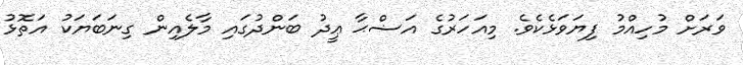
ވަރަށް މުހިއްމު ފިޔަވަޅެކެވެ. މިއަހަރުގެ އަޟްޙާ ޢީދު ބަންދުގައި މާލެއިން ގިނަބަޔަކު އަތޮޅު